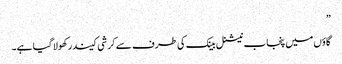
”
گاؤں میں پنجاب نیشنل بینک کی طرف سے کرشی کیندر کھولا گیا ہے۔